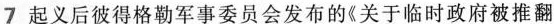
7起义后彼得格勒军事委员会发布的《关于临时政府被推翻